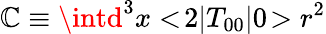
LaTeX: \mathbb{C}\equiv\intd^{3}x<\! 2|T_{00}|0\! >r^{2}